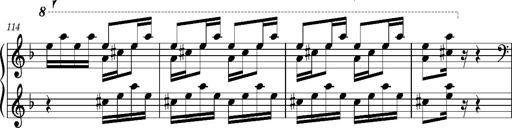
Title: Ungarischer Romanzero
Composer: Franz Liszt